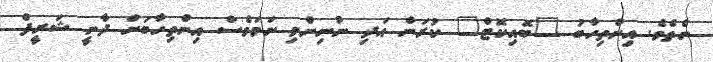
ނެތެވެ. އިންތިހާބު "ބޮއިކޮޓް" ކުރަން އަދި ނުނިންމި ނަމަވެސް އިންތިހާބަށް ދާނީ ޝަރީފް